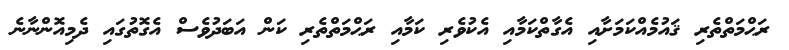
ރަޙްމަތްތެރި ޤައުމެއްކަމަށާއި އެގާތްކަމާއި އެކުވެރި ކަމާއި ރަޙްމަތްތެރި ކަން އަބަދުވެސް އެގޮތުގައި ދެމިއޮންނާނެ